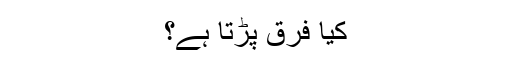
کیا فرق پڑتا ہے؟